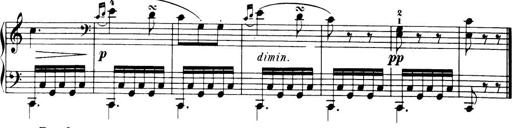
Title: 32 Sonatinas and Rondos for the Piano
Composer: Richard Kleinmichel